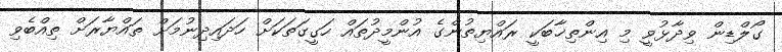
ގޯލްޑިން ވިދާޅުވީ މި އިންތިޚާބަކީ ރައްޔިތުންގެ އުންމީދުތައް ހަގީގަތަކަށް ހަދައިދިނުމަށް ތައްޔާރަށް ތިއްބެވި